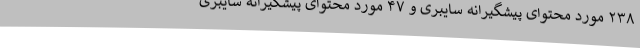
۲۳۸ مورد محتوای پیشگیرانه سایبری و ۴۷ مورد محتوای پیشگیرانه سایبری